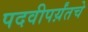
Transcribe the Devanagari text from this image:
पदवीपर्य़ंतचे